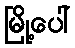
မြို့ပေါ်